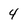
Character: 4